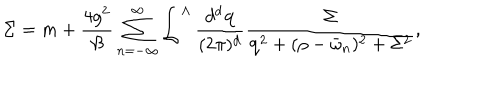
LaTeX: \Sigma = m + \frac { 4 g ^ { 2 } } { \beta } \sum _ { n = - \infty } ^ { \infty } \int ^ { \Lambda } \frac { d ^ { d } { \bf q } } { ( 2 \pi ) ^ { d } } \frac { \Sigma } { { \bf q } ^ { 2 } + ( \rho - \bar { \omega } _ { n } ) ^ { 2 } + \Sigma ^ { 2 } } ,